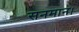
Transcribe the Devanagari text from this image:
सनमान।